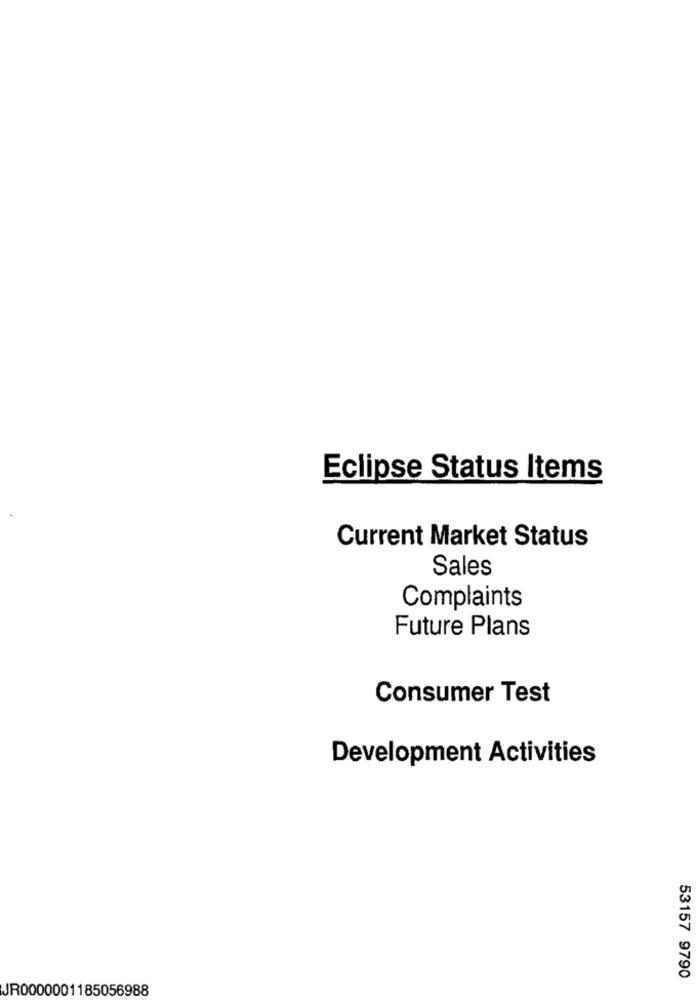
Eclipse Status Items
Current Market Status
Sales
Complaints
Future Plans
Consumer Test
Development Activities
53157 9790
JR0000001185056988